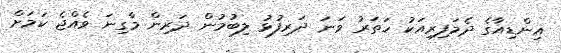
އިންޑިއާގެ ދެމަފިރިއަކު ހަތަރު ވަނަ ދަރިފުޅު ލިބުމުން ދަރިން މާގިނަ ވެއްޖެ ކަމަށް